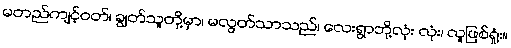
မတည်ကျင့်ဝတ်၊ ချွတ်သူတို့မှာ၊ မလွတ်သာသည်၊ လေးရွာဘို့လုံး လုံး၊ လူဖြစ်ရှုံး။